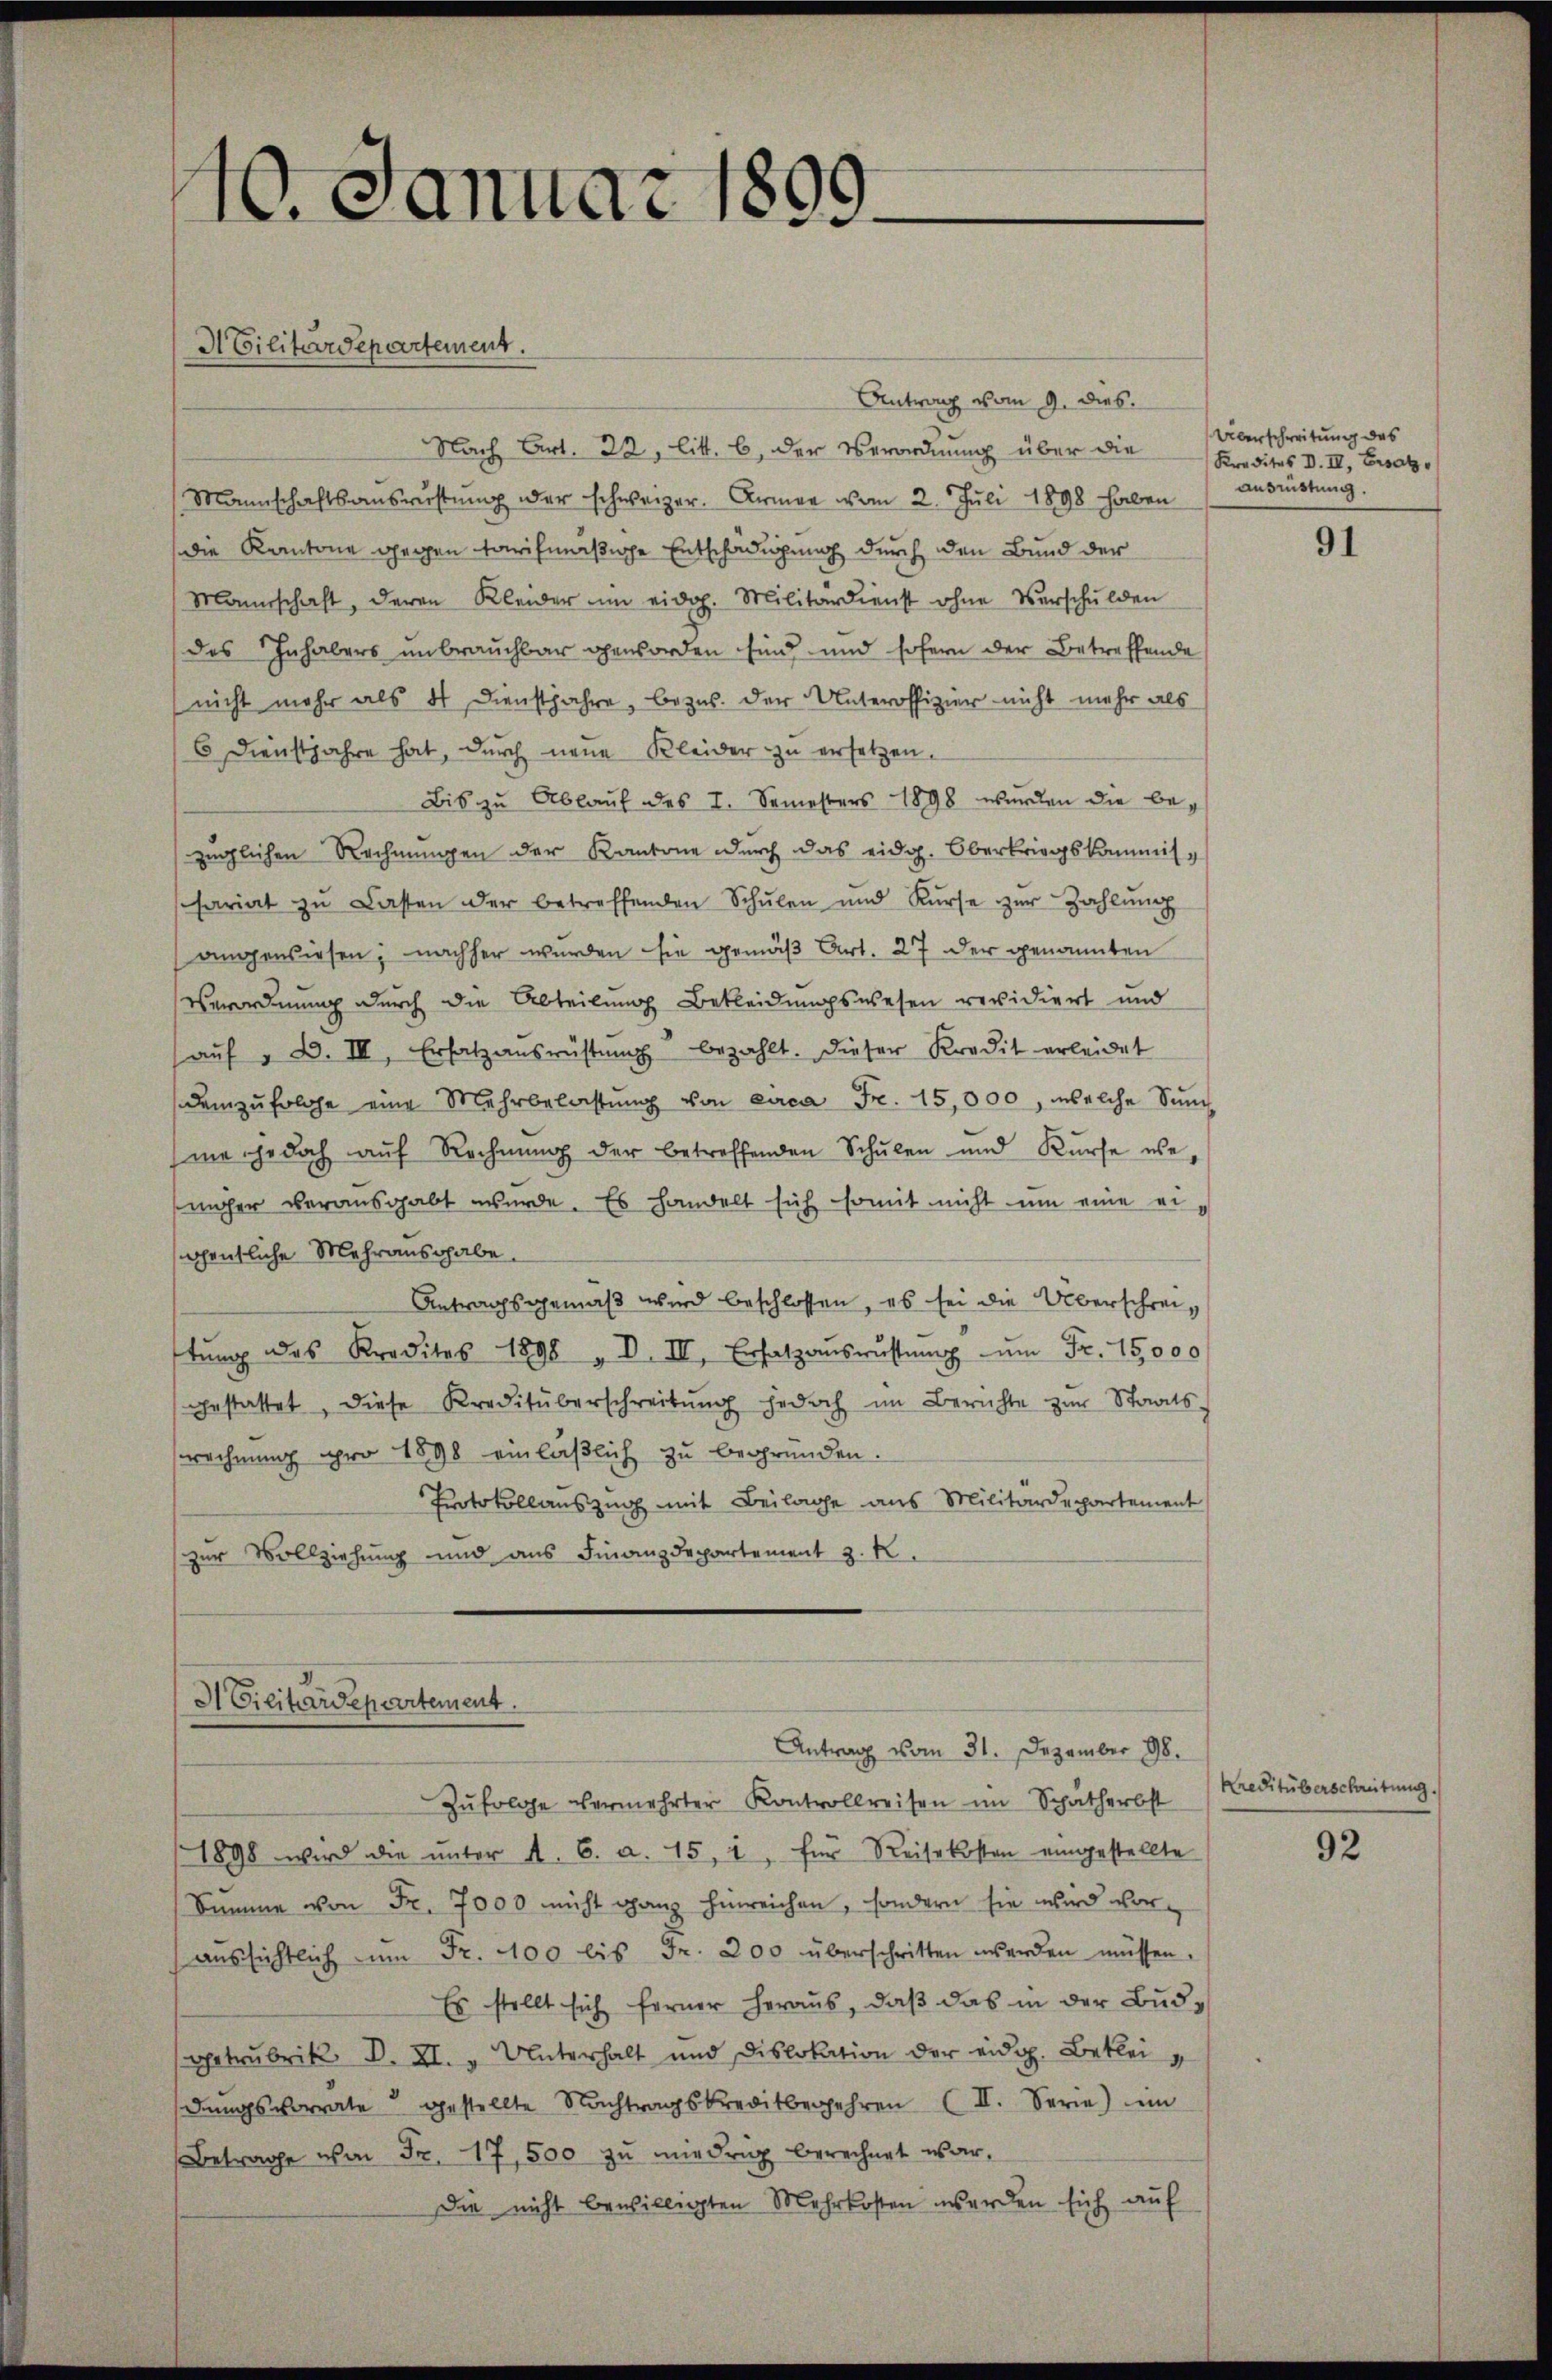
10. Januar 1890.

d Vilitärdepartement.

Antrag vom 9. dies.
Nach Art. 22, litt. b, der Verordnung über die
Mannschaftsausrüstung der schweizer. Armee vom 2. Juli 1898 haben
die Kantone gegen tarifmäßige Entschädigung durch den Bund der
Mannschaft, deren Kleider ŭm eidoh. Militärdienst ohne Verschulden
des Inhabers unbrauchbar geworden sind und sofern der Betreffende
nicht mehr als 4 Dienstjahre, bezw. der Unteroffizier nicht mehr als
6 Dienstjahre hat, durch neue Kleider zu ersetzen.
Bis zu Ablaŭf des I. Semesters 1898 wurden die bezüglichen Rechnŭngen der Kantone durch das eidg. Oberkriegskommissariat zu Lasten der betreffenden Schŭlen und Kŭrse zŭr Zahlŭng
angewiesen; nachher wurden sie gemäß Art. 27 der genannten
Verordnung durch die Abteilung Bekleidungswesen revidiert und
aŭf " D. III, Ersatzansrüstŭng bezahlt. Dieser Kredit erleidet
demzufolge eine Mehrbelastŭng von circa Fr. 15,000, welche Sŭṁ
me jedoch auf Rechnung der betreffenden Schulen und Kurse we-
mher verausgabt wurde. Es handelt sich somit nicht um eine ei-
gentliche Mehrausgabe.
Antragsgemäß wird beschlossen, es sei die Überschreitŭng des Kredites 1898 „ D. III, Ersatzaŭsrŭstŭng ŭm Fr. 15,000
gestattet, diese Kreditüberschreibŭng jedoch im Berichte zur Staats-
echnung pro 1898 einläßlich zu begründen.
Protokollauszug mit Beilage aus Militärdepartement
zur Vollziehung und aus Finanzdepartement z. R.

A Cilitärdepartement.

Zŭfolge vermehrter Kontrollreisen im Schatherbst
1898 wird die ŭnter A. B. a. 15, 1, für Reisekosten eingestellte
Summe von Fr. 7000 nicht ganz hinreichen, sondern sie wird voraŭssichtlich ŭm Fr. 400 bis Fr. 200 überschritten werden müssen.
Es stellt sich ferner heraus, daβ das in der Budoptrubrik S. XI. v. Unterhalt und Dislokation der eidg. Bekleidŭngsvorrate gestellte Nachtragskreditbegehren (II. Serie) im
(Betrage von Fr. 17,500 zŭ niedrig berechnet war,
Die nicht bewilligten Mehrkosten werden sich auf

Antrag vom 31. Dezember 198.

Überschreitung des
Kreditus d. II, Ersatz
Ausrüstung.

91

Kreditüberschreitung.

92